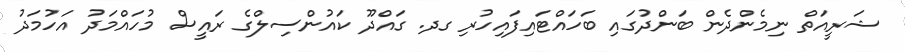
ޝަރީއަތް ނިމެންދެން ބަންދުގައި ބަހައްޓައިފައިހުރި ގދ. ގައްދޫ ކައުންސިލްގެ ރައީސް މުހައްމަދު އަހުމަދު